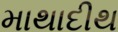
માથાદીથ